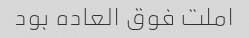
املت فوق العاده بود